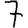
Digit: 7